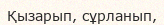
Қызарып, сұрланып,